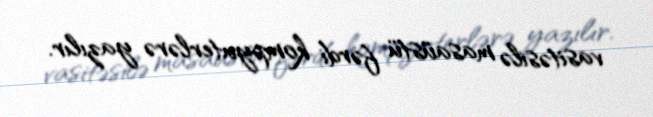
vasitəsilə masaüstü fərdi kompyuterlərə yazılır.